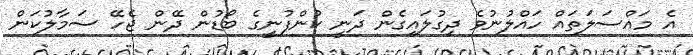
އެ މައްސަލަތައް ހައްލުނުވެ ދިގުލައިގެން ދަނީ ކުންފުނީގެ ބޯޑުން ދޭން ޖެހޭ ސަމާލުކަން